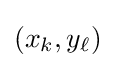
(x_{k},y_{\ell })